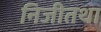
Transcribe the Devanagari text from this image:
निजीतथा